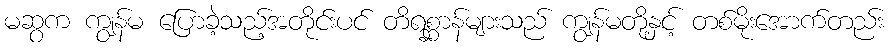
မဆွက ကျွန်မ ပြောခဲ့သည့်အတိုင်းပင် တိရစ္ဆာန်များသည် ကျွန်မတို့နှင့် တစ်မိုးအောက်တည်း